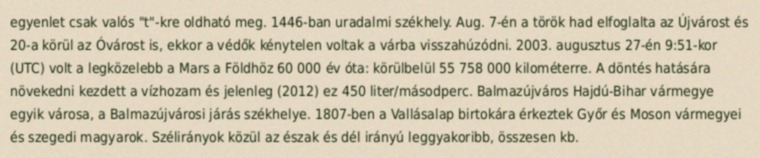
egyenlet csak valós "t"-kre oldható meg. 1446-ban uradalmi székhely. Aug. 7-én a török had elfoglalta az Újvárost és 20-a körül az Óvárost is, ekkor a védők kénytelen voltak a várba visszahúzódni. 2003. augusztus 27-én 9:51-kor (UTC) volt a legközelebb a Mars a Földhöz 60 000 év óta: körülbelül 55 758 000 kilométerre. A döntés hatására növekedni kezdett a vízhozam és jelenleg (2012) ez 450 liter/másodperc. Balmazújváros Hajdú-Bihar vármegye egyik városa, a Balmazújvárosi járás székhelye. 1807-ben a Vallásalap birtokára érkeztek Győr és Moson vármegyei és szegedi magyarok. Szélirányok közül az észak és dél irányú leggyakoribb, összesen kb.